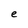
Character: e